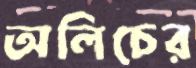
অলিচের